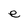
Character: e